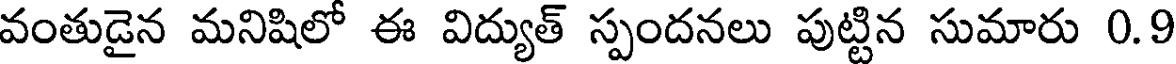
వంతుడైన మనిషిలో ఈ విద్యుత్ స్పందనలు పుట్టిన సుమారు 0.9